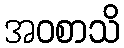
အဝစာသိ